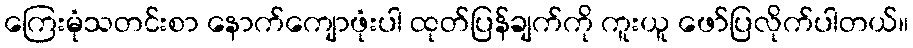
ကြေးမုံသတင်းစာ နောက်ကျောဖုံးပါ ထုတ်ပြန်ချက်ကို ကူးယူ ဖော်ပြလိုက်ပါတယ်။